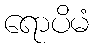
ရောပိမံ